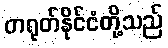
တရုတ်နိုင်ငံတို့သည်